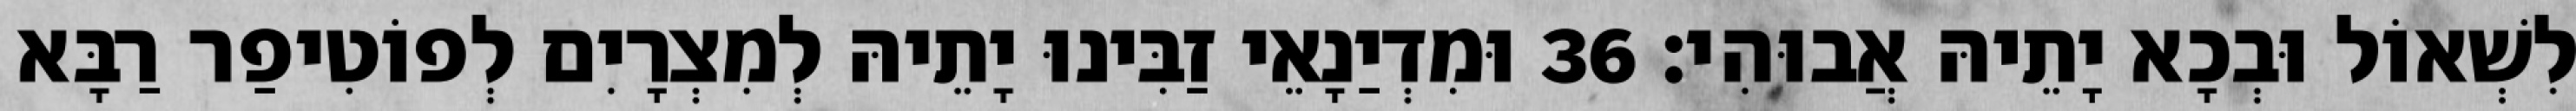
לִשְׁאוֹל וּבְכָא יָתֵיהּ אֲבוּהִי׃ 36 וּמִדְיַנָאֵי זַבִּינוּ יָתֵיהּ לְמִצְרָיִם לְפוֹטִיפַר רַבָּא